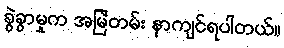
ခွဲခွာမှုက အမြဲတမ်း နာကျင်ရပါတယ်။